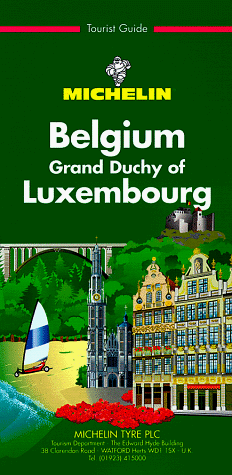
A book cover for Michelin The Green Guide Belgium/Grand Duchy of Luxembourg (Michelin Green Guides); Michelin Travel Publications; Travel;